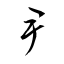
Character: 尹